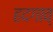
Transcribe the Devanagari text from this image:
हदगाव्